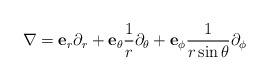
LaTeX: \begin{align*}\nabla=\mathbf{e}_{r}\partial_{r}+\mathbf{e}_{\theta}\frac{1}{r}\partial_{\theta}+\mathbf{e}_{\phi}\frac{1}{r\sin\theta}\partial_{\phi}\end{align*}